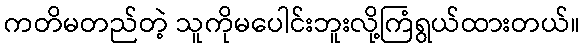
ကတိမတည်တဲ့ သူကိုမပေါင်းဘူးလို့ကြံရွယ်ထားတယ်။